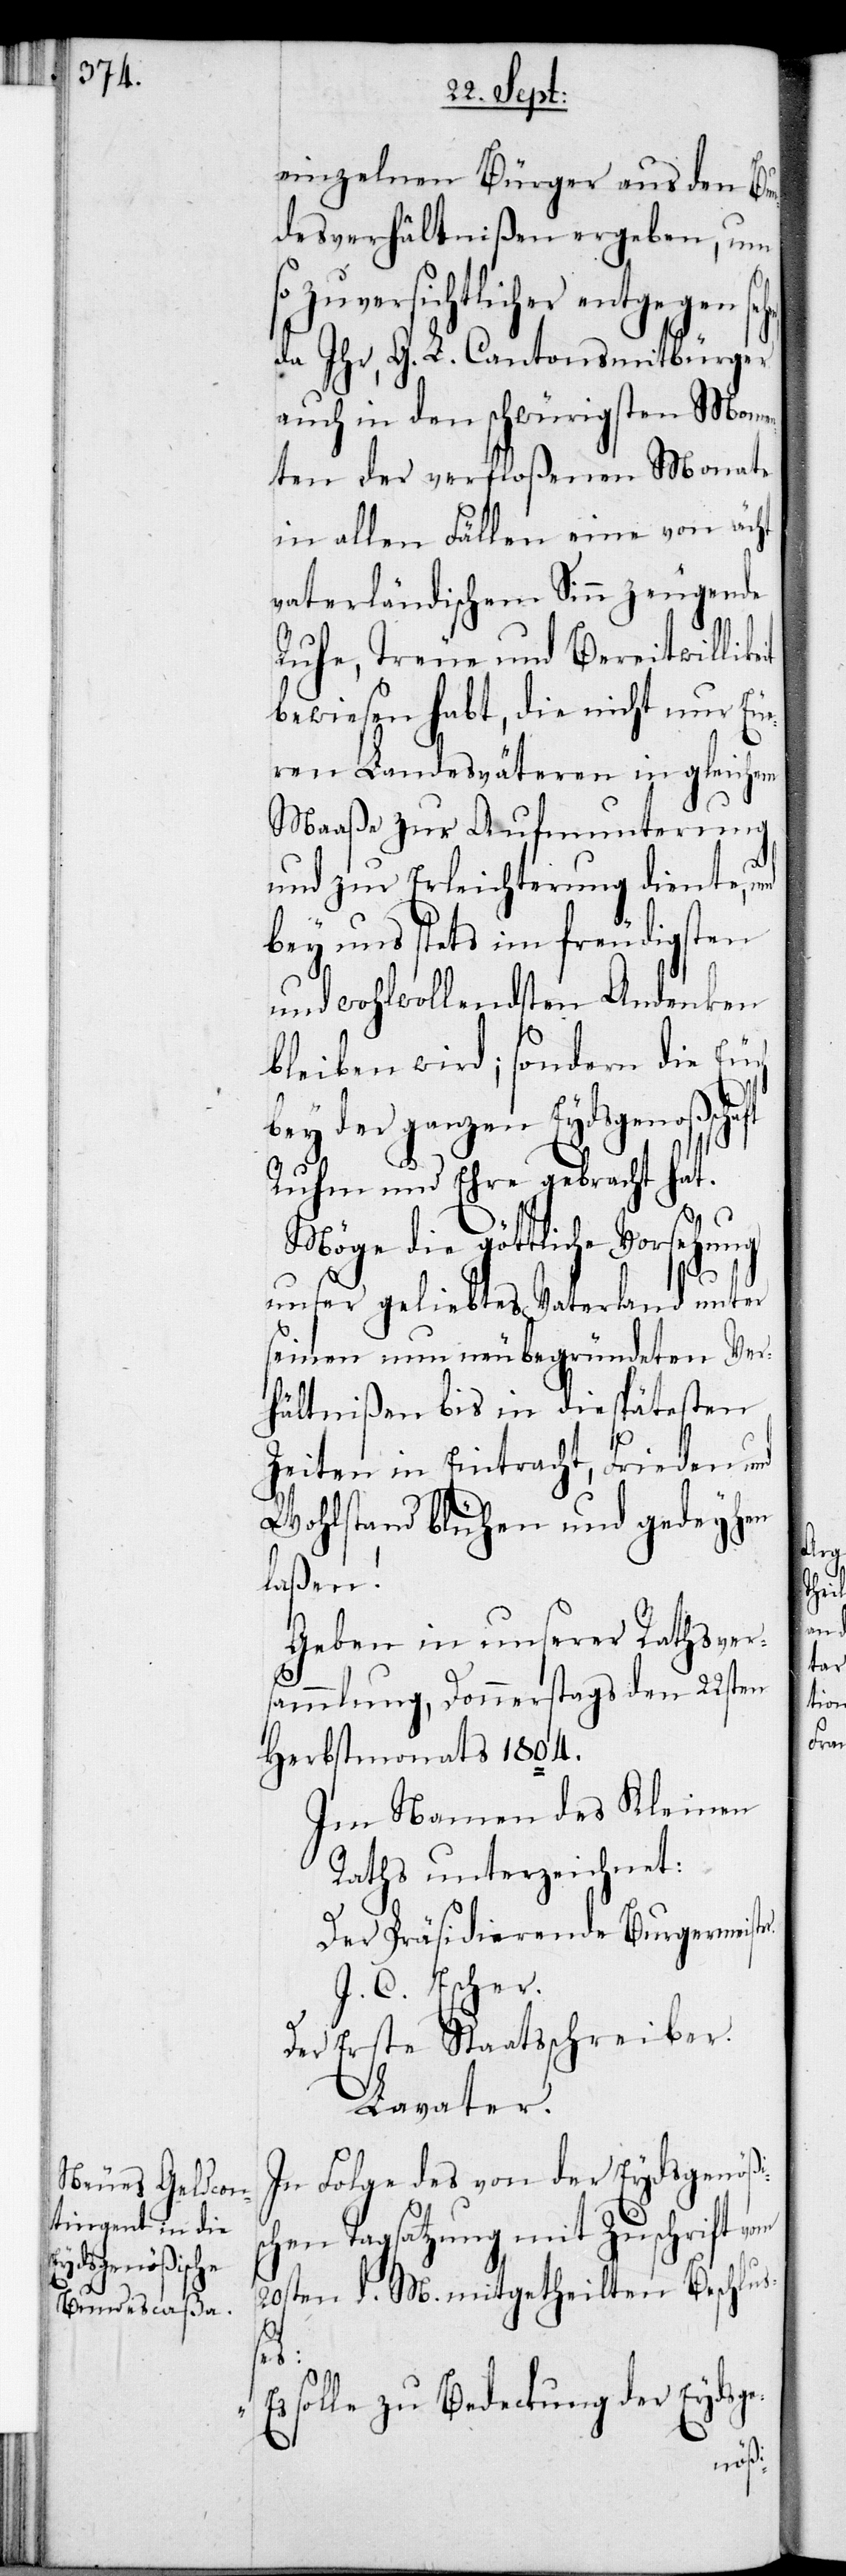
einzelnen Bürger aus dem Bun¬
desverhältnißen ergeben, um
so zuversichtlicher entgegen seh¬
da ihr, G. L. Cantonsmitbürger
auch in den schwürigsten Mome¬
nten der verfloßenen Monate
in allen Fällen eine von ächt
vaterländischem Sinn zeugende
Ruhe, Treue und Bereitwillig¬
bewiesen habt, die nicht nur Eue¬
ren Landesväteren in gleichem
Maaße zur Aufmunterung
und zur Erleichterung diente,
bey uns stets in freudigsten
und wohlwollendsten Andenken
bleiben wird; sondern die Euch
bey der ganzen Eydsgenoßschaft
Ruhm und Ehre gebracht hat.
Möge die göttliche Vorsehung
unser geliebtes Vaterland unter
seinen nun neubegründeten Ver¬
hältnißen bis in die spätesten
Zeiten in Eintracht, Frieden und
Wohlstand blühen und gedeyhen
laßen!
Geben in unserer Rathsver¬
sammlung, Donnerstags den 22sten
Herbstmonat 1804.
Im Namen des Kleinen
Raths unterzeichnet:
Der Präsidierende Burgermeister.
J. C. Escher.
Der Erste Staatsschreiber.
Lavater.
In Folge des von der Eydsgenößi¬
schen Tagsatzung mit Zuschrift vom
20sten d. M. mitgetheilten Beschluß¬
es:
solle zu Bedeckung der Eydsge-